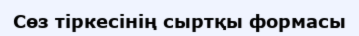
Сөз тіркесінің сыртқы формасы